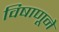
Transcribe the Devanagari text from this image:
विषाणूने